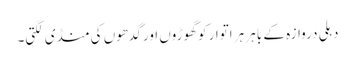
دہلی دروازہ کے باہر ہر اتوار کو گھوڑوں اور گدھوں کی منڈی لگتی۔